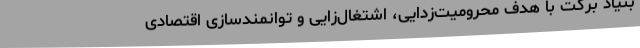
بنیاد برکت با هدف محرومیت‌زدایی، اشتغال‌زایی و توانمندسازی اقتصادی